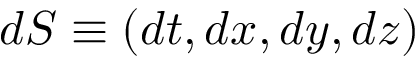
d S \equiv ( d t , d x , d y , d z )